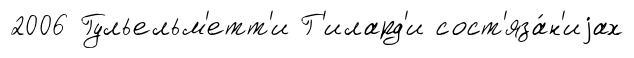
2006 Гульельм'етт'и Г'илард'и сост'яза́н'иjах